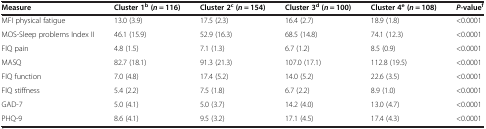
<table><thead><tr><td><b>Measure</b></td><td><b>Cluster 1<sup>b</sup>(<i>n</i> = 116)</b></td><td><b>Cluster 2<sup>c</sup>(<i>n</i> = 154)</b></td><td><b>Cluster 3<sup>d</sup>(<i>n</i> = 100)</b></td><td><b>Cluster 4<sup>e</sup>(<i>n</i> = 108)</b></td><td><b><i>P</i>-value<sup>f</sup></b></td></tr></thead><tbody><tr><td>MFI physical fatigue</td><td>13.0 (3.9)</td><td>17.5 (2.3)</td><td>16.4 (2.7)</td><td>18.9 (1.8)</td><td>&lt;0.0001</td></tr><tr><td>MOS-Sleep problems Index II</td><td>46.1 (15.9)</td><td>52.9 (16.3)</td><td>68.5 (14.8)</td><td>74.1 (12.3)</td><td>&lt;0.0001</td></tr><tr><td>FIQ pain</td><td>4.8 (1.5)</td><td>7.1 (1.3)</td><td>6.7 (1.2)</td><td>8.5 (0.9)</td><td>&lt;0.0001</td></tr><tr><td>MASQ</td><td>82.7 (18.1)</td><td>91.3 (21.3)</td><td>107.0 (17.1)</td><td>112.8 (19.5)</td><td>&lt;0.0001</td></tr><tr><td>FIQ function</td><td>7.0 (4.8)</td><td>17.4 (5.2)</td><td>14.0 (5.2)</td><td>22.6 (3.5)</td><td>&lt;0.0001</td></tr><tr><td>FIQ stiffness</td><td>5.4 (2.2)</td><td>7.5 (1.8)</td><td>6.7 (2.2)</td><td>8.9 (1.0)</td><td>&lt;0.0001</td></tr><tr><td>GAD-7</td><td>5.0 (4.1)</td><td>5.0 (3.7)</td><td>14.2 (4.0)</td><td>13.0 (4.7)</td><td>&lt;0.0001</td></tr><tr><td>PHQ-9</td><td>8.6 (4.1)</td><td>9.5 (3.2)</td><td>17.1 (4.5)</td><td>17.4 (4.3)</td><td>&lt;0.0001</td></tr></tbody></table>